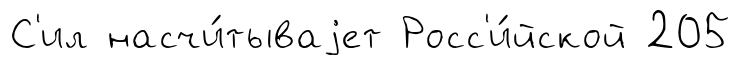
С'ил насчи́тываjет Росс'и́йской 205